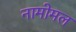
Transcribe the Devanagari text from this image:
नामोमल